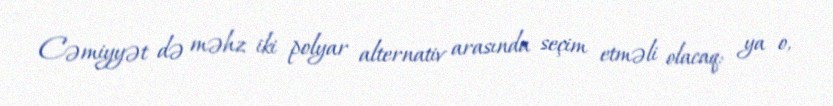
Cəmiyyət də məhz iki polyar alternativ arasında seçim etməli olacaq: ya o,